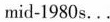
mid-1980s…